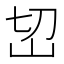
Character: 𰎊